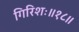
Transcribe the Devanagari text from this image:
गिरिशः॥१८॥